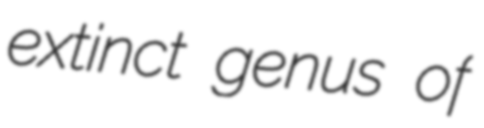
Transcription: extinct genus of